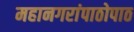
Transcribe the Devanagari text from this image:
महानगरांपाठोपाठ